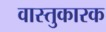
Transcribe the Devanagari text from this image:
वास्तुकारक